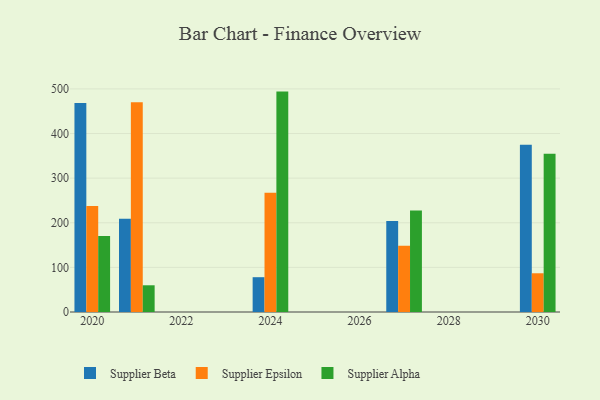
{"axis": {"x": "Year", "y": "Demand Index"}, "legend": ["Supplier Alpha", "Supplier Beta", "Supplier Epsilon"], "data": [{"x": "2024", "y": 78.0, "type": "Supplier Beta"}, {"x": "2024", "y": 267.1, "type": "Supplier Epsilon"}, {"x": "2024", "y": 494.0, "type": "Supplier Alpha"}, {"x": "2021", "y": 209.0, "type": "Supplier Beta"}, {"x": "2021", "y": 470.4, "type": "Supplier Epsilon"}, {"x": "2021", "y": 59.9, "type": "Supplier Alpha"}, {"x": "2030", "y": 374.6, "type": "Supplier Beta"}, {"x": "2030", "y": 86.8, "type": "Supplier Epsilon"}, {"x": "2030", "y": 354.7, "type": "Supplier Alpha"}, {"x": "2027", "y": 204.1, "type": "Supplier Beta"}, {"x": "2027", "y": 148.6, "type": "Supplier Epsilon"}, {"x": "2027", "y": 227.4, "type": "Supplier Alpha"}, {"x": "2020", "y": 468.6, "type": "Supplier Beta"}, {"x": "2020", "y": 237.4, "type": "Supplier Epsilon"}, {"x": "2020", "y": 170.5, "type": "Supplier Alpha"}]}